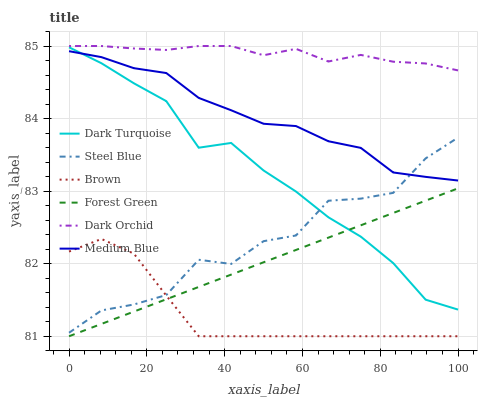
| xaxis_label | Dark Turquoise | Steel Blue | Brown | Forest Green | Dark Orchid | Medium Blue |
 | --- | --- | --- | --- | --- | --- | --- |
 | 0 | 85 | 81 | 82.2 | 81 | 85 | 84.9 |
 | 8.33 | 84.8 | 81.4 | 82.3 | 81.2 | 85 | 84.8 |
 | 16.7 | 84.5 | 81.4 | 82.1 | 81.3 | 85 | 84.7 |
 | 25 | 84.2 | 81.6 | 81.6 | 81.5 | 84.9 | 84.6 |
 | 33.3 | 83.6 | 82.1 | 81 | 81.7 | 85 | 84.3 |
 | 41.7 | 83.7 | 82 | 81 | 81.8 | 85 | 84.1 |
 | 50 | 83.3 | 82.3 | 81 | 82 | 84.9 | 83.9 |
 | 58.3 | 83 | 82.4 | 81 | 82.2 | 85 | 83.9 |
 | 66.7 | 82.6 | 82.9 | 81 | 82.4 | 84.8 | 83.7 |
 | 75 | 82.4 | 82.9 | 81 | 82.5 | 84.9 | 83.6 |
 | 83.3 | 82 | 83 | 81 | 82.7 | 84.8 | 83.3 |
 | 91.7 | 81.5 | 83.5 | 81 | 82.9 | 84.8 | 83.2 |
 | 100 | 81.4 | 83.7 | 81 | 83 | 84.7 | 83.1 |